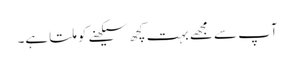
آپ سے مجھے بہت کچھ سیکھنے کو ملتا ہے۔